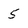
Character: 5